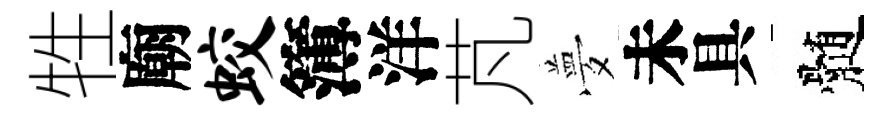
牲廟蛟簿洋芃夢未具髄